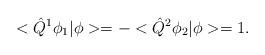
LaTeX: \begin{align*}<\hat{Q}^1\phi_1|\phi>=-<\hat{Q}^2\phi_2|\phi>=1.\end{align*}